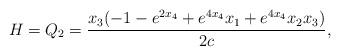
LaTeX: \begin{align*}H=Q_2=\frac{x_3 (-1 - e^{2 x_4} + e^{4 x_4} x_1 + e^{4 x_4} x_2x_3)}{2 c},\end{align*}